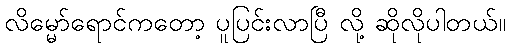
လိမ္မော်ရောင်ကတော့ ပူပြင်းလာပြီ လို့ ဆိုလိုပါတယ်။